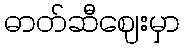
ဓာတ်ဆီဈေးမှာ